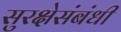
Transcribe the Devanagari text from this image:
सुरक्षेसंबंधी